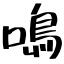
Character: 鳴